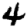
Digit: 4